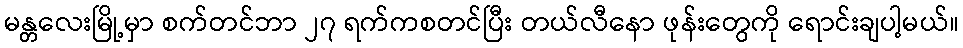
မန္တလေးမြို့မှာ စက်တင်ဘာ ၂၇ ရက်ကစတင်ပြီး တယ်လီနော ဖုန်းတွေကို ရောင်းချပါ့မယ်။